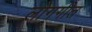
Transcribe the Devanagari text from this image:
लोगगीत